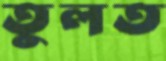
তুলত